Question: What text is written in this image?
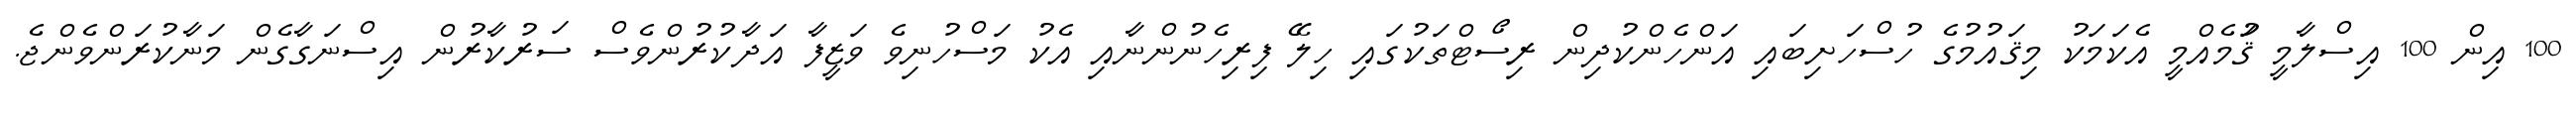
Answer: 100 އިން 100 އިސްލާމީ ޤަުމެއްމީ އެކަމަކު މިޤައުމުގެ ހުސްހަށިބައި އަންހެންކުދިން ރިސޯޓްތަކުގައި ހިލޭ ފިރިހެނުންނާއި އެކު މަސްހުނިވެ ވަޒީފާ އަދާކުރުންވެސް ސަރުކާރުން އިސްނަގާގެން މަނާކުރަންވެންޖެ.